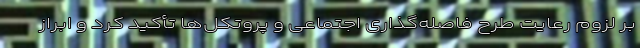
بر لزوم رعایت طرح فاصله‌گذاری اجتماعی و پروتکل‌ها تأکید کرد و ابراز